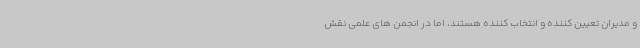
و مدیران تعیین کننده و انتخاب کننده هستند، اما در انجمن های علمی نقش